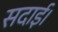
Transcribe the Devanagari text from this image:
सदाई।